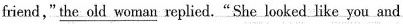
friend,"\underline{the old woman} replied.“She looked ike you and